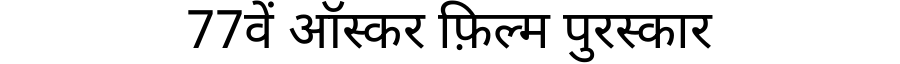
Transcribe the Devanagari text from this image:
77वें ऑस्कर फ़िल्म पुरस्कार